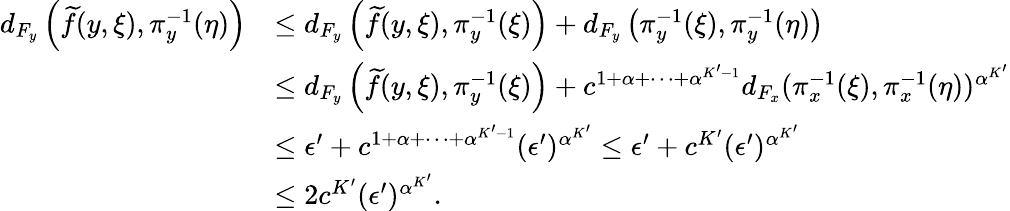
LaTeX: \begin{array}{rl}{d_{F_{y}}\left(\widetilde{f}(y,\xi),\pi_{y}^{-1}(\eta)\right)}&{\le d_{F_{y}}\left(\widetilde{f}(y,\xi),\pi_{y}^{-1}(\xi)\right)+d_{F_{y}}\left(\pi_{y}^{-1}(\xi),\pi_{y}^{-1}(\eta)\right)}\\ &{\le d_{F_{y}}\left(\widetilde{f}(y,\xi),\pi_{y}^{-1}(\xi)\right)+c^{1+\alpha+\dots+\alpha^{K^{\prime}-1}}d_{F_{x}}(\pi_{x}^{-1}(\xi),\pi_{x}^{-1}(\eta))^{\alpha^{K^{\prime}}}}\\ &{\le\epsilon^{\prime}+c^{1+\alpha+\dots+\alpha^{K^{\prime}-1}}(\epsilon^{\prime})^{\alpha^{K^{\prime}}}\le\epsilon^{\prime}+c^{K^{\prime}}(\epsilon^{\prime})^{\alpha^{K^{\prime}}}}\\ &{\le 2c^{K^{\prime}}(\epsilon^{\prime})^{\alpha^{K^{\prime}}}.}\end{array}